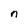
Character: n